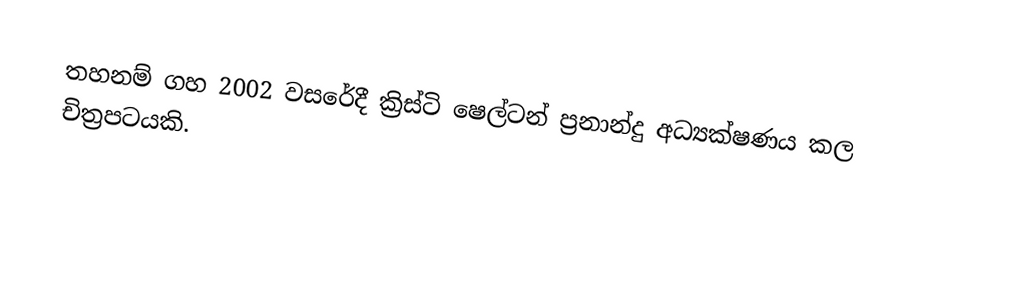
තහනම් ගහ 2002 වසරේදී ක්‍රිස්ටි ෂෙල්ටන් ප්‍රනාන්දු අධ්‍යක්ෂණය කල චිත්‍රපටයකි.